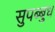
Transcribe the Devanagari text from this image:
सुपब्बुध